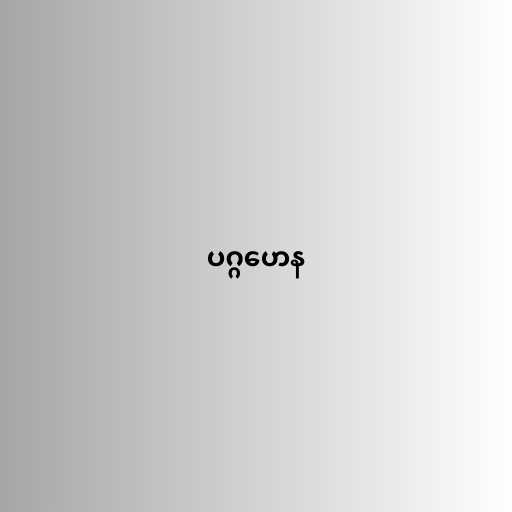
ပဂ္ဂဟေန